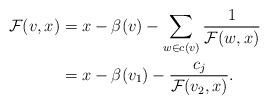
LaTeX: \begin{align*} \mathcal{F}(v, x) &= x - \beta(v) - \sum_{w \in c(v)} \dfrac{1}{\mathcal{F}(w, x)}\\ &= x - \beta(v_1) - \dfrac{c_j}{\mathcal{F}(v_2, x)} . \end{align*}